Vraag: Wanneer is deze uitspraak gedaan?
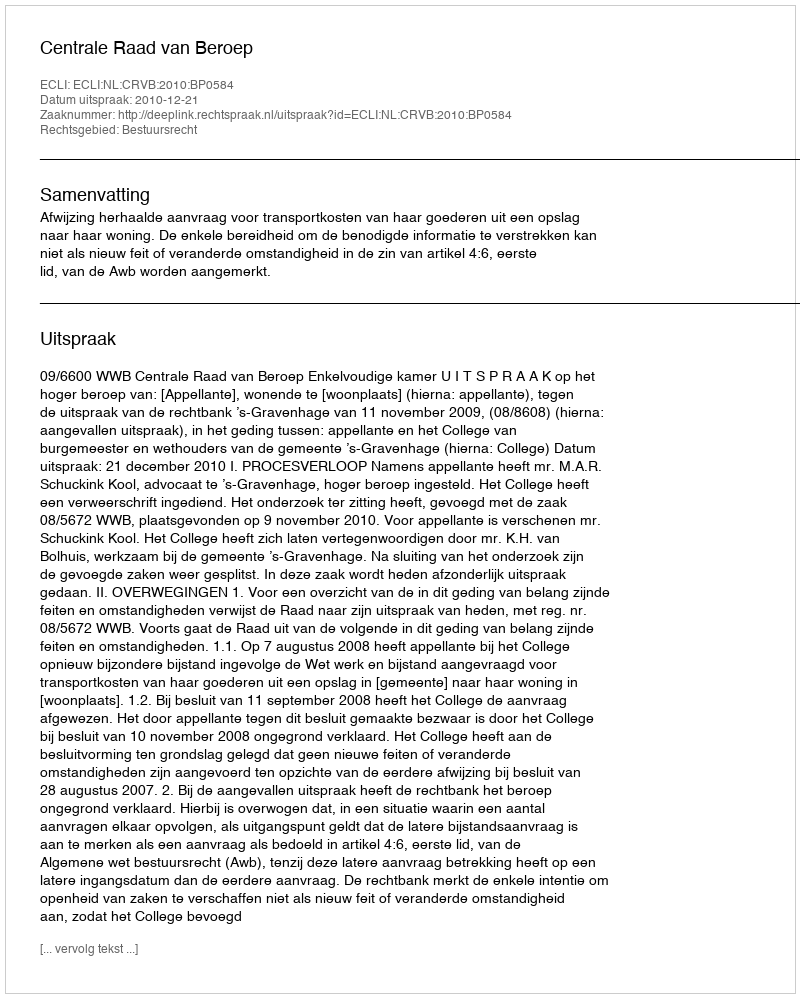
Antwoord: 2010-12-21